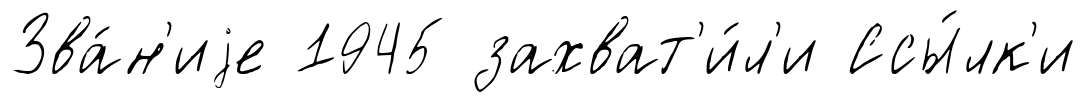
Зва́н'иjе 1945 захват'и́л'и Ссы́лк'и